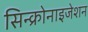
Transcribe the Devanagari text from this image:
सिन्क्रोनाइजेशन